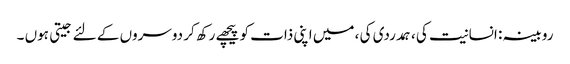
روبینہ : انسانیت کی ، ہمدردی کی ، میں اپنی ذات کو پیچھے رکھ کر دوسروں کے لئے جیتی ہوں ۔